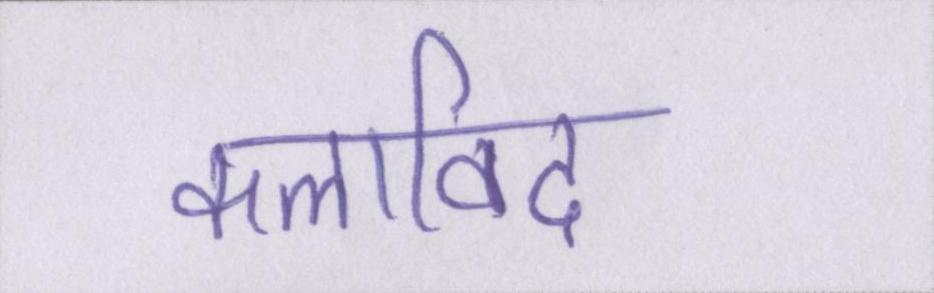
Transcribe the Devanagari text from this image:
कलाविद